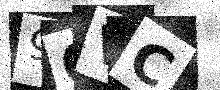
Text: 96VC